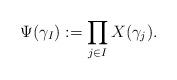
LaTeX: \begin{align*}\Psi(\gamma_I):=\prod_{j\in I}X(\gamma_j).\end{align*}